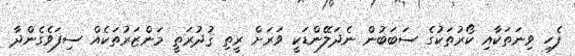
ފެހި ވިނަތަކާއި ކޯރުތަކުގެ ސަބަބުން ނެދަލޭންޑަކީ ވަރަށް ރީތި ޤުދުރަތީ މަންޒަރުތަކެއް ސިފަވެގެންދާ